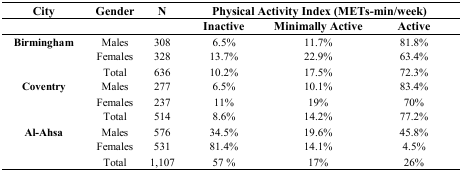
<table><thead><tr><td><b>City</b></td><td><b>Gender</b></td><td><b>N</b></td><td colspan="3"><b>Physical Activity Index (METs-min/week)</b></td></tr><tr><td></td><td></td><td></td><td><b>Inactive</b></td><td><b>Minimally Active</b></td><td><b>Active</b></td></tr></thead><tbody><tr><td><b>Birmingham</b></td><td>Males</td><td>308</td><td>6.5%</td><td>11.7%</td><td>81.8%</td></tr><tr><td></td><td>Females</td><td>328</td><td>13.7%</td><td>22.9%</td><td>63.4%</td></tr><tr><td></td><td>Total</td><td>636</td><td>10.2%</td><td>17.5%</td><td>72.3%</td></tr><tr><td><b>Coventry</b></td><td>Males</td><td>277</td><td>6.5%</td><td>10.1%</td><td>83.4%</td></tr><tr><td></td><td>Females</td><td>237</td><td>11%</td><td>19%</td><td>70%</td></tr><tr><td></td><td>Total</td><td>514</td><td>8.6%</td><td>14.2%</td><td>77.2%</td></tr><tr><td><b>Al-Ahsa</b></td><td>Males</td><td>576</td><td>34.5%</td><td>19.6%</td><td>45.8%</td></tr><tr><td></td><td>Females</td><td>531</td><td>81.4%</td><td>14.1%</td><td>4.5%</td></tr><tr><td></td><td>Total</td><td>1,107</td><td>57 %</td><td>17%</td><td>26%</td></tr></tbody></table>